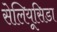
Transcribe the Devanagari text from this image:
सेलियूसिडा